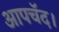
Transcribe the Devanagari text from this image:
आपचॅद।